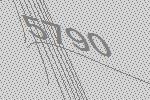
5790